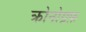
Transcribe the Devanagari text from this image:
क्रोनोग्रफ़